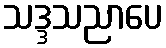
သဒ္ဒသညာပေ